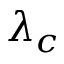
\lambda _ { c }